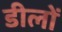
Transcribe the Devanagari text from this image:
डीलों